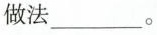
做法___。